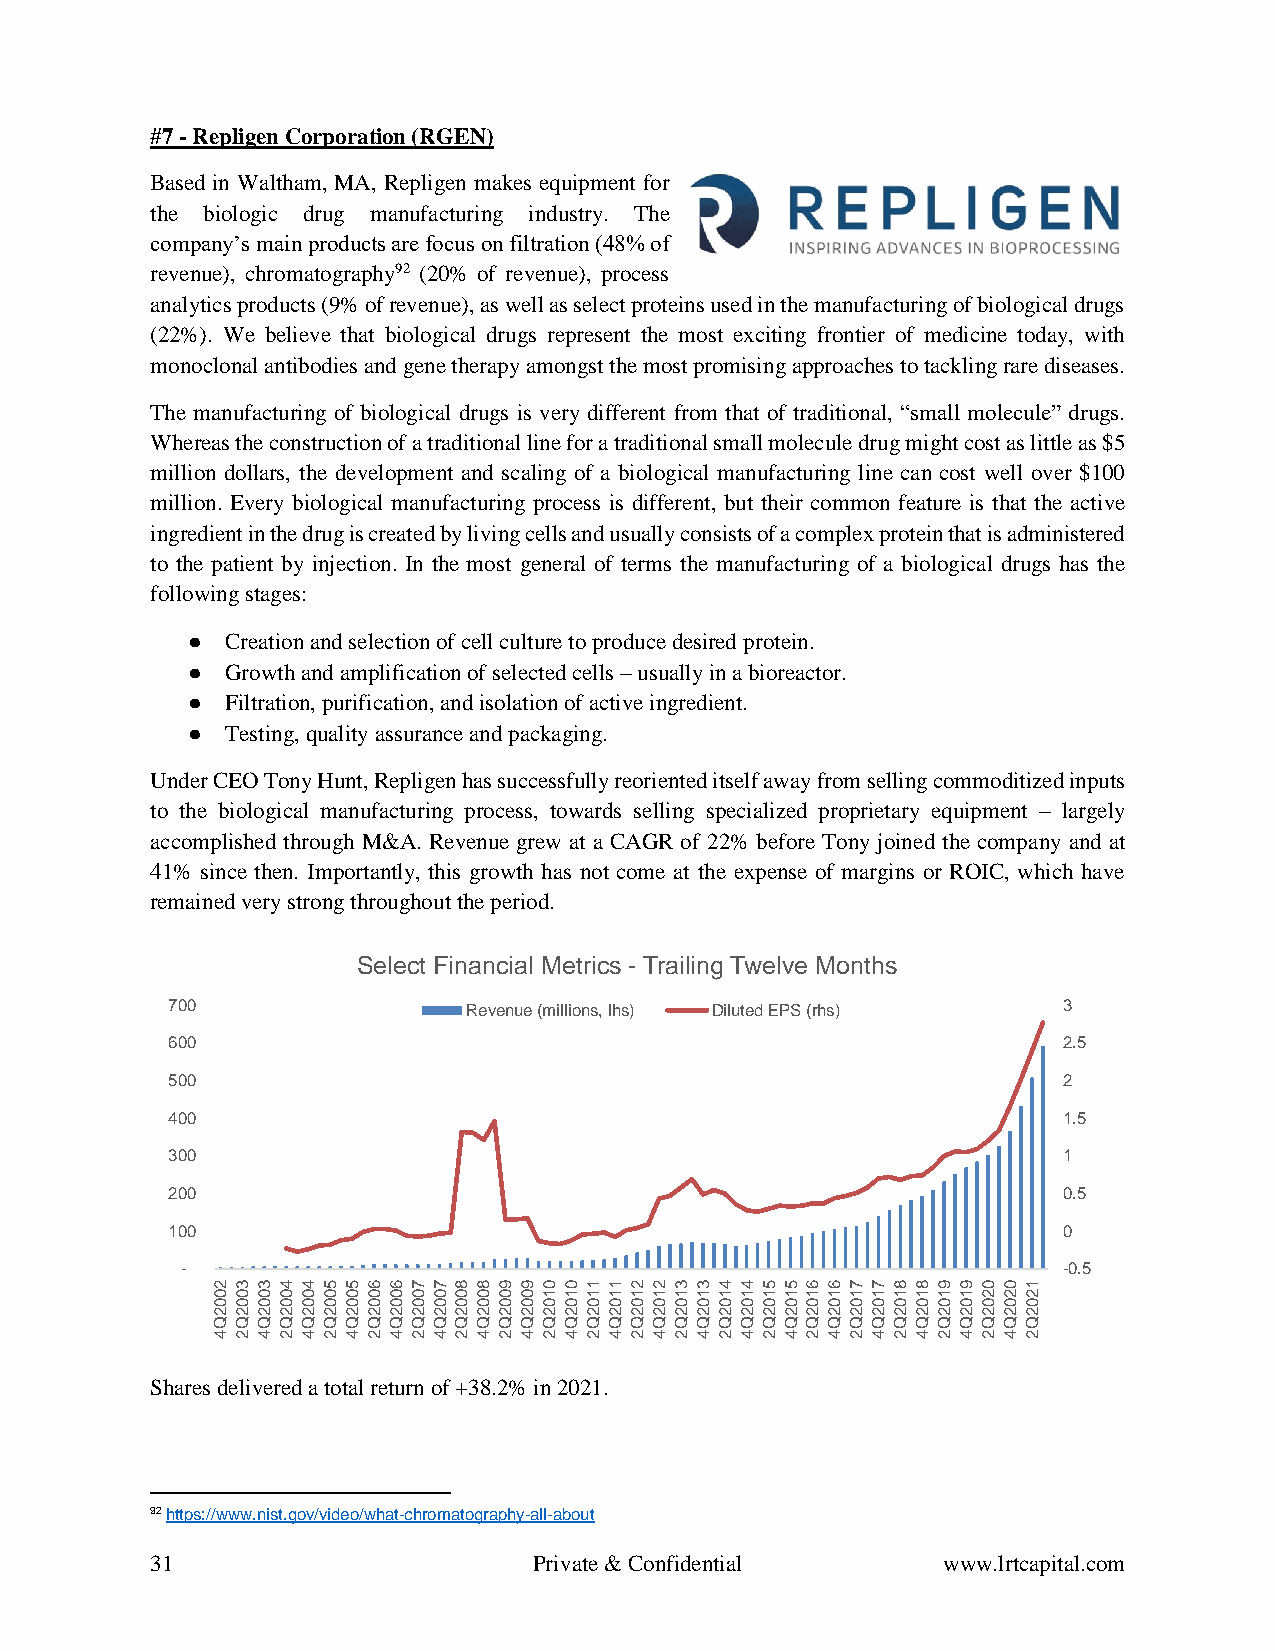
#7 - Repligen Corporation (RGEN)
 Based in Waltham, MA, Repligen makes equipment for
 the biologic drug manufacturing industry. The
 company’s main products are focus on filtration (48% of
 revenue), chromatography92 (20% of revenue), process
 analytics products (9% of revenue), as well as select proteins used in the manufacturing of biological drugs
 (22%). We believe that biological drugs represent the most exciting frontier of medicine today, with
 monoclonal antibodies and gene therapy amongst the most promising approaches to tackling rare diseases.
 The manufacturing of biological drugs is very different from that of traditional, “small molecule” drugs.
 Whereas the construction of a traditional line for a traditional small molecule drug might cost as little as $5
 million dollars, the development and scaling of a biological manufacturing line can cost well over $100
 million. Every biological manufacturing process is different, but their common feature is that the active
 ingredient in the drug is created by living cells and usually consists of a complex protein that is administered
 to the patient by injection. In the most general of terms the manufacturing of a biological drugs has the
 following stages:
 ●  Creation and selection of cell culture to produce desired protein.
 ●  Growth and amplification of selected cells – usually in a bioreactor.
 ●  Filtration, purification, and isolation of active ingredient.
 ●  Testing, quality assurance and packaging.
 Under CEO Tony Hunt, Repligen has successfully reoriented itself away from selling commoditized inputs
 to the biological manufacturing process, towards selling specialized proprietary equipment – largely
 accomplished through M&A. Revenue grew at a CAGR of 22% before Tony joined the company and at
 41% since then. Importantly, this growth has not come at the expense of margins or ROIC, which have
 remained very strong throughout the period.
 Select Financial Metrics - Trailing Twelve Months
 700                 Revenue (millions, lhs) Diluted EPS (rhs) 3
 600                                                        2.5
 500                                                        2
 400                                                        1.5
 300                                                        1
 200                                                        0.5
 100                                                        0
 -                                                         -0.5
 23344556677889900112233445566778899001
 00000000000000011111111111111111111222
 00000000000000000000000000000000000000
 22222222222222222222222222222222222222
 QQQQQQQQQQQQQQQQQQQQQQQQQQQQQQQQQQQQQQ
 42424242424242424242424242424242424242
 Shares delivered a total return of +38.2% in 2021.
 92 https://www.nist.gov/video/what-chromatography-all-about
 31                       Private & Confidential     www.lrtcapital.com